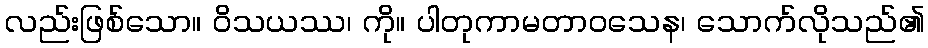
လည်းဖြစ်သော။ ဝိသယဿ၊ ကို။ ပါတုကာမတာဝသေန၊ သောက်လိုသည်၏